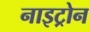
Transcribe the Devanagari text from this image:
नाइट्रोन